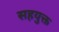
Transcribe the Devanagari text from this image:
सहयुक्त